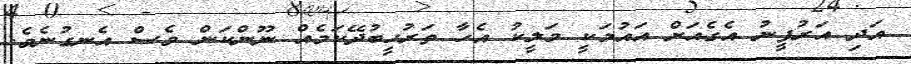
އަދި އަރުފީނު އެގެއަށް އައުމަކީ މަލީކު އެހާ ތަރުހީބުދޭކަމެއް ނޫންކަން ވެސް އެނގުނެވެ.